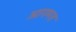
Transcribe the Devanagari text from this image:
आगमत